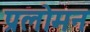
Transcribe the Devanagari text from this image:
प्रलोमन